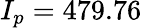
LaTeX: I_{p}=479.76